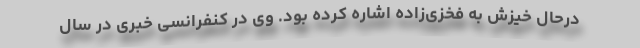
درحال خیزش به فخزی‌زاده اشاره کرده بود. وی در کنفرانسی خبری در سال